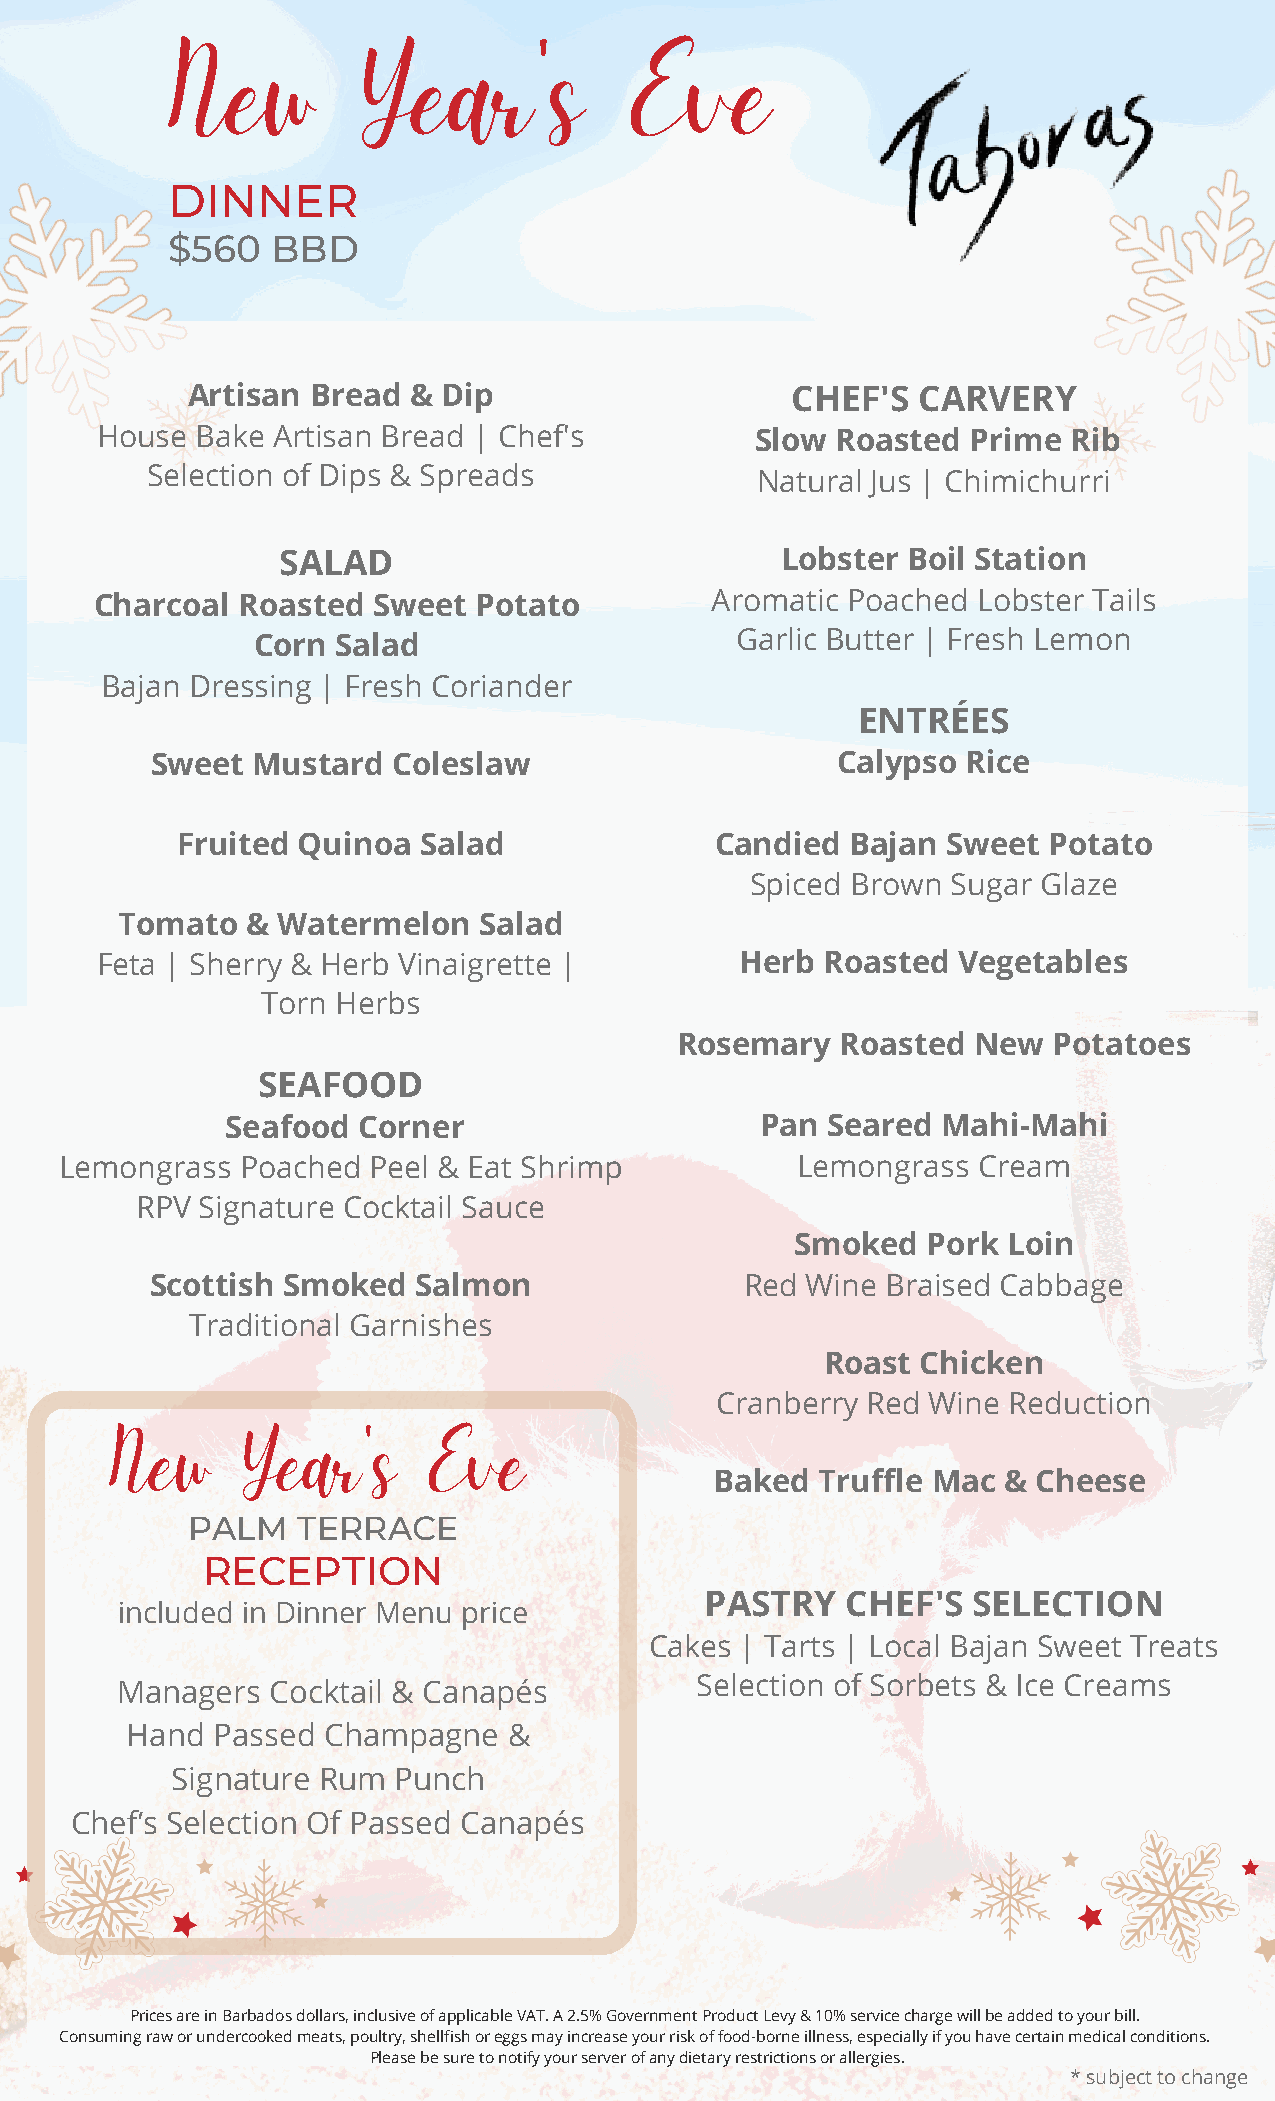
New          Year's            Eve
 DINNER
 $560   BBD
 Artisan  Bread & Dip                    CHEF'S   CARVERY
 House  Bake Artisan Bread | Chef's          Slow Roasted  Prime  Rib
 Selection of Dips & Spreads             Natural Jus | Chimichurri
 SALAD                             Lobster Boil Station
 Charcoal  Roasted  Sweet  Potato         Aromatic Poached  Lobster Tails
 Corn Salad                      Garlic Butter | Fresh Lemon
 Bajan Dressing | Fresh Coriander
 ENTRÉES
 Sweet  Mustard  Coleslaw                     Calypso  Rice
 Fruited Quinoa  Salad              Candied  Bajan  Sweet Potato
 Spiced Brown Sugar Glaze
 Tomato  & Watermelon    Salad
 Feta | Sherry & Herb Vinaigrette |         Herb  Roasted Vegetables
 Torn Herbs
 Rosemary   Roasted  New  Potatoes
 SEAFOOD
 Seafood  Corner                    Pan  Seared Mahi-Mahi
 Lemongrass  Poached  Peel & Eat Shrimp           Lemongrass  Cream
 RPV Signature Cocktail Sauce
 Smoked  Pork  Loin
 Scottish Smoked   Salmon               Red Wine  Braised Cabbage
 Traditional Garnishes
 Roast Chicken
 -,
 Cranberry Red  Wine Reduction
 New      Year    's  Eve
 Baked  Truffle Mac &  Cheese
 PALM    TERRACE
 RECEPTION
 PASTRY   CHEF'S  SELECTION
 included in Dinner Menu price
 Cakes | Tarts | Local Bajan Sweet Treats
 Managers  Cocktail & Canapés          Selection of Sorbets & Ice Creams
 Hand  Passed Champagne    &
 Signature Rum  Punch
 Chef’s Selection Of Passed Canapés
 Prices are in Barbados dollars, inclusive of applicable VAT. A 2.5% Government Product Levy & 10% service charge will be added to your bill.
 Consuming raw or undercooked meats, poultry, shellfish or eggs may increase your risk of food-borne illness, especially if you have certain medical conditions.
 Please be sure to notify your server of any dietary restrictions or allergies.
 * subject to change